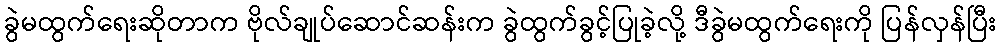
ခွဲမထွက်ရေးဆိုတာက ဗိုလ်ချုပ်ဆောင်ဆန်းက ခွဲထွက်ခွင့်ပြုခဲ့လို့ ဒီခွဲမထွက်ရေးကို ပြန်လှန်ပြီး